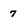
Character: 7